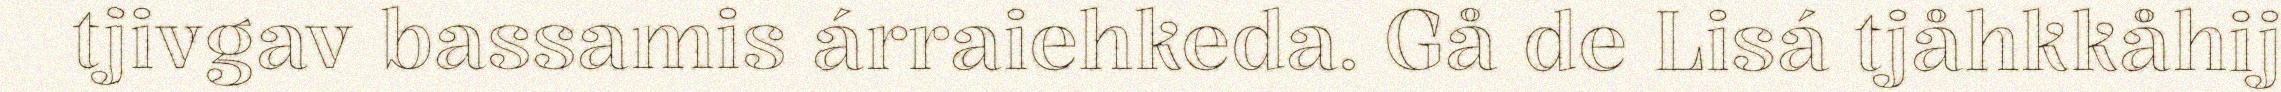
tjivgav bassamis árraiehkeda. Gå de Lisá tjåhkkåhij